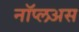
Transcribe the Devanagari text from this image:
नॉप्लअस